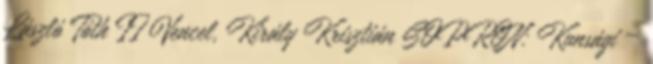
László Tóth II Vencel, Király Krisztián SOPRON: Kunsági –